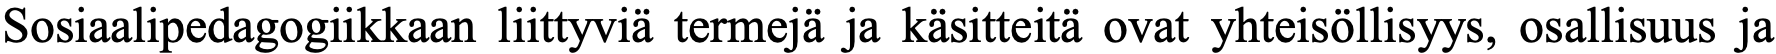
Sosiaalipedagogiikkaan liittyviä termejä ja käsitteitä ovat yhteisöllisyys, osallisuus ja